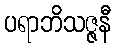
ပရာဘိသဇ္ဇနီ